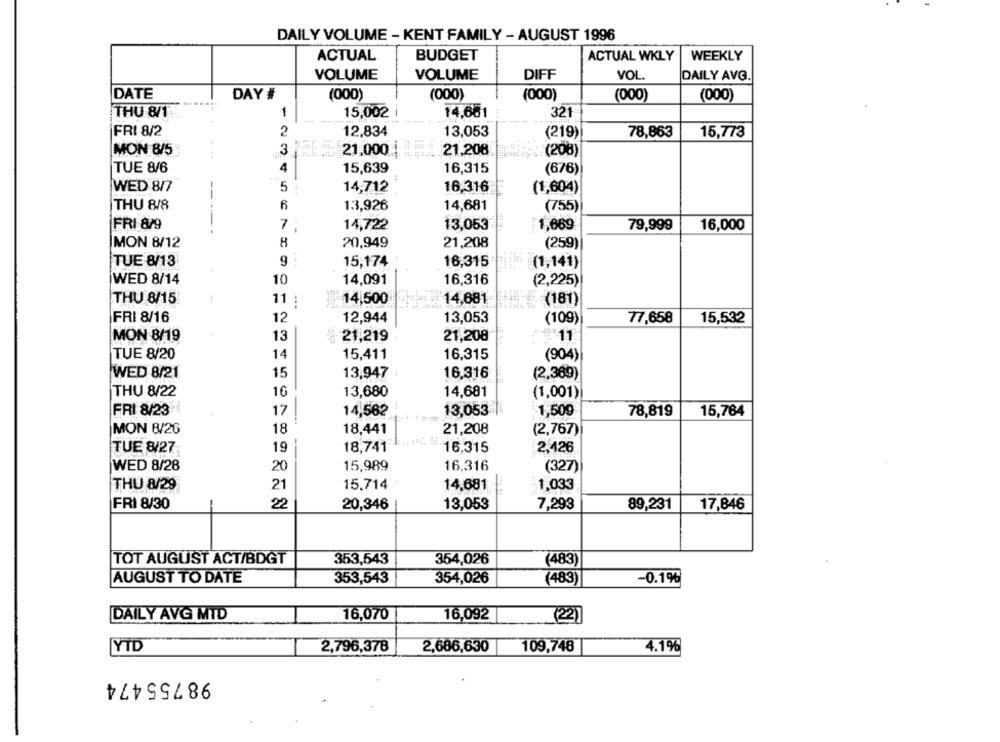
DAILY VOLUME - KENT FAMILY - AUGUST 1996
ACTUAL
BUDGET
ACTUAL WKLY
WEEKLY
DIFF
VOL.
VOLUME
VOLUME
DAILY AVG.
DATE
DAY #
(000)
(000)
(000)
(000)
(000)
THU 8/1
1
15,002
14,651
321
FRI 8/2
2
12,834
13,053
(219)
78,863
15,773
3
MON 8/5
21,000
21,208
(208)
TUE 8/6
4
15,639
16,315
(676)
WED 8/7
5
14,712
16,316
(1,604)
THU 8/8
6
13,926
14,681
(755)
FRI 879
7
14,722
13,053
1,669
79,999
16,000
MON 8/12
20,949
21,208
(259)
TUE 8/13
9
15,174
16,315
(1,141)
WED 8/14
10
14,091
16,316
(2,225)
THU 8/15
11 :
14,500
14,681
(181)
FRI 8/16
12
12,944
13,053
(109)
77,658
15,532
MON 8/19
13
21,219
21,208
#11
TUE 8/20
14
15,411
16,315
(904)
WED 8/21
15
13,947
16.316
(2,369)
THU 8/22
16
13,680
14,681
(1,001)
FRI 8/23
17 !
14,562
13,053
1,509
78,819
15,764
MON 8/26
18,441
21,208
(2,767)
18
TUE 8/27
19
18,741
16,315
2,426
WED 8/28
20
15,989
16,316
(327)
THU 8/29
21
15.714
14,681
-1,033
FRI 8/30
22
20,346
13.053
89,231
17,846
7,293
TOT AUGUST ACT/BDGT
353,543
354,026
(483)
353,543
354,026
-0.19%
AUGUST TO DATE
(483)
16,070
DAILY AVG MID
16,092
(22)
YTD
2,796,378
2,686,630
109,748
4.1%
98755474